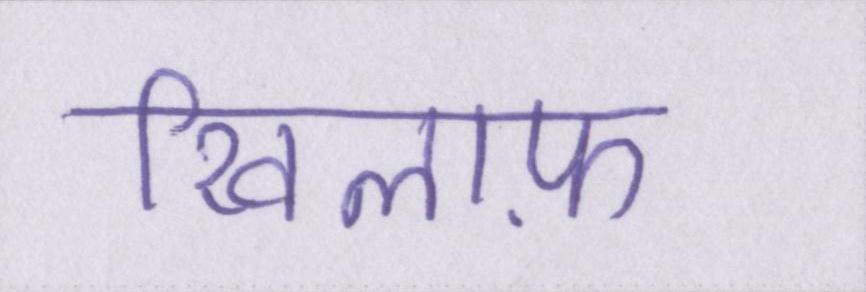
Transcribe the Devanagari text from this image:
खिलाफ़